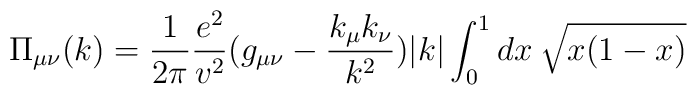
\Pi_{\mu \nu}(k) = \frac{1}{2 \pi} \frac{e^{2}}{v^{2}}  (g_{\mu \nu} - \frac{k_{\mu}k_{\nu} }{k^{2}}) |k| \int_{0}^{1} dx \: \sqrt{x (1 - x)}